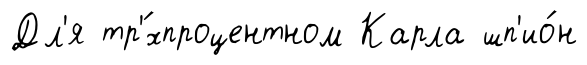
Дл'я тр'́хпроцентном Карла шп'ио́н